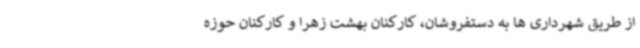
از طریق شهرداری ها به دستفروشان، کارکنان بهشت زهرا و کارکنان حوزه